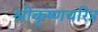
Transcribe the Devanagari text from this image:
श्रीकृष्णचरित्र